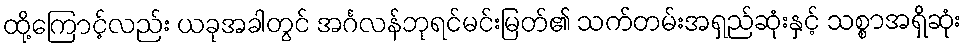
ထို့ကြောင့်လည်း ယခုအခါတွင် အင်္ဂလန်ဘုရင်မင်းမြတ်၏ သက်တမ်းအရှည်ဆုံးနှင့် သစ္စာအရှိဆုံး